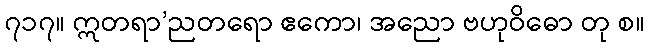
၇၁၇။ ဣတရာ’ညတရော ဧကော၊ အညော ဗဟုဝိဓော တု စ။